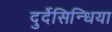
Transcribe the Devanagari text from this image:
दुर्देसिन्धिया